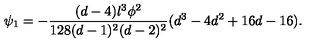
\psi _ { 1 } = - \frac { ( d - 4 ) l ^ { 3 } \phi ^ { 2 } } { 1 2 8 ( d - 1 ) ^ { 2 } ( d - 2 ) ^ { 2 } } ( d ^ { 3 } - 4 d ^ { 2 } + 1 6 d - 1 6 ) .